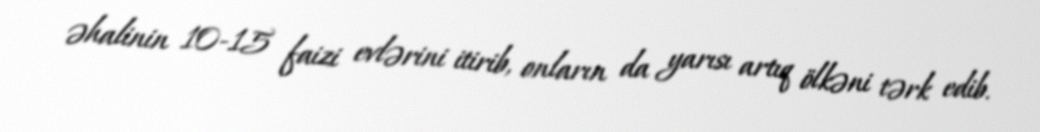
əhalinin 10-15 faizi evlərini itirib, onların da yarısı artıq ölkəni tərk edib.